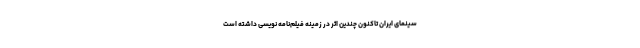
سینمای ایران تاکنون چندین اثر در زمینه فیلم‌نامه‌ نویسی داشته است